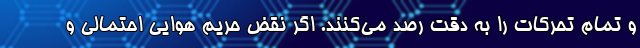
و تمام تحرکات را به دقت رصد می‌کنند. اگر نقض حریم هوایی احتمالی و